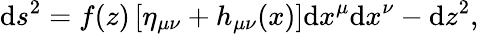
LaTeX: \mathrm{d}s^{2}=f(z)\left[\eta_{\mu\nu}+h_{\mu\nu}(x)\right]\mathrm{d}x^{\mu}\mathrm{d}x^{\nu}-\mathrm{d}z^{2},